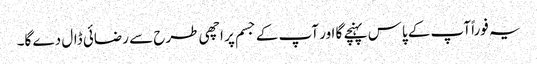
یہ فوراً آپ کے پاس پہنچے گا اور آپ کے جسم پر اچھی طرح سے رضائی ڈال دے گا۔